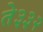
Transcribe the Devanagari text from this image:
ते३३२